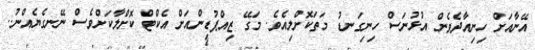
އޭނާއަށް ހިނިއާދެވެން އުޅުނަސް ހިނިގަނޑު މަތަކޮށްލިއެވެ. މަގޭ ޒިއްޕުޑިންއަށް އެކްޓް ކޮށްލާކަށްވެސް ނޭނގެޔެއްނު..